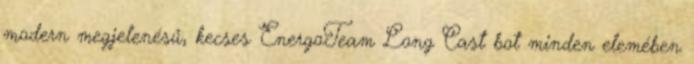
modern megjelenésű, kecses EnergoTeam Long Cast bot minden elemében